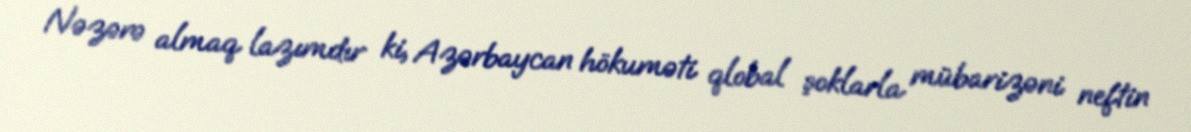
Nəzərə almaq lazımdır ki, Azərbaycan hökuməti qlobal şoklarla mübarizəni neftin